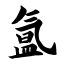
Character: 氲